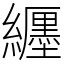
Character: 纒